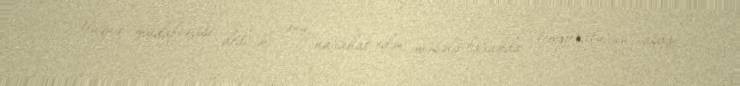
Hüquq müdafiəçisi dedi ki, onu narahat edən məsələ barakda temperaturun aşağı